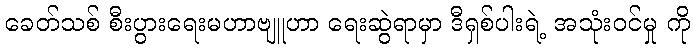
ခေတ်သစ် စီးပွားရေးမဟာဗျူဟာ ရေးဆွဲရာမှာ ဒီရှစ်ပါးရဲ့ အသုံးဝင်မှု ကို